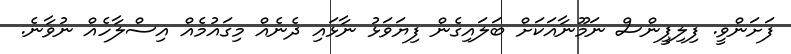
ފަށަންވީ. ފިލިޕީންސް ނަމޫނާއަކަށް ބަލައިގެން ފިޔަވަޅު ނާޅައި ދެނެއް މިގައުމެއް އިސްލާހެއް ނުވާނެ.